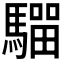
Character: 𩥺